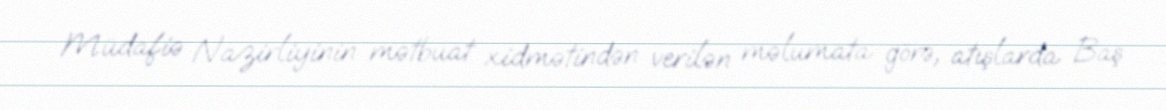
Müdafiə Nazirliyinin mətbuat xidmətindən verilən məlumata görə, atışlarda Baş